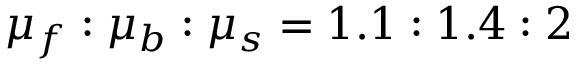
\mu _ { f } : \mu _ { b } : \mu _ { s } = 1 . 1 : 1 . 4 : 2